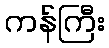
ကန်ကြီး